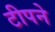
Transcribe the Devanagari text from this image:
टीपने